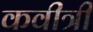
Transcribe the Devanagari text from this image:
कवीत्री